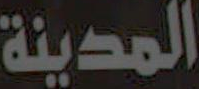
المدينة